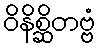
ဝိနိစ္ဆိတဗ္ဗံ